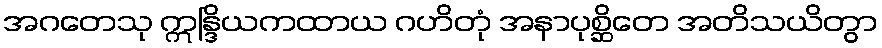
အဂတေသု ဣန္ဒြိယကထာယ ဂဟိတုံ အနာပုစ္ဆိတေ အတိသယိတွာ